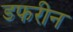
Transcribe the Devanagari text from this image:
डफरीन